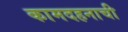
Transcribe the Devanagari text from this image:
कामदहनाची